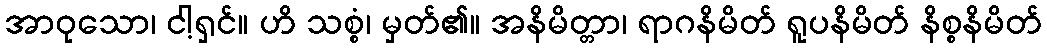
အာဝုသော၊ ငါ့ရှင်။ ဟိ သစ္စံ၊ မှတ်၏။ အနိမိတ္တာ၊ ရာဂနိမိတ် ရူပနိမိတ် နိစ္စနိမိတ်